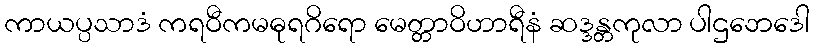
ကာယပ္ပသာဒံ ကရဝီကမဓုရဂိရော မေတ္တာဝိဟာရီနံ ဆဒ္ဒန္တကုလာ ပါဌဘေဒေါ